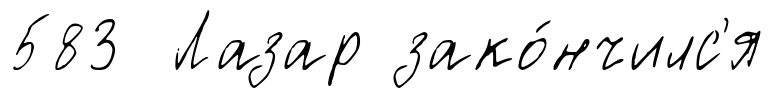
583 Лазар зако́нчилс'я